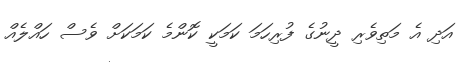
އަދި އެ މަތިވެރި ދީނުގެ ފުރިހަމަ ކަމަކީ ކޮންމެ ކަމަކަށް ވެސް ހައްލެއް